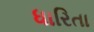
ધારિતા